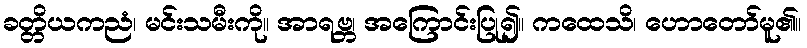
ခတ္တိယကညံ၊ မင်းသမီးကို။ အာရဗ္ဘ၊ အကြောင်းပြု၍။ ကထေသိ၊ ဟောတော်မူ၏။